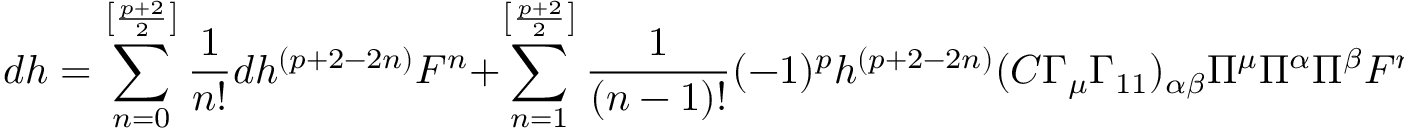
d h = \sum _ { n = 0 } ^ { \left[ \frac { p + 2 } { 2 } \right] } \frac { 1 } { n ! } d h ^ { ( p + 2 - 2 n ) } { \cal F } ^ { n } + \sum _ { n = 1 } ^ { \left[ \frac { p + 2 } { 2 } \right] } \frac { 1 } { ( n - 1 ) ! } ( - 1 ) ^ { p } h ^ { ( p + 2 - 2 n ) } ( C \Gamma _ { \mu } \Gamma _ { 1 1 } ) _ { \alpha \beta } \Pi ^ { \mu } \Pi ^ { \alpha } \Pi ^ { \beta } { \cal F } ^ { n - 1 } \quad ,